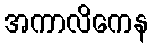
အကာလိကေန